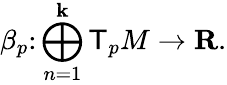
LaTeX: \beta_{p}\colon\bigoplus_{n=1}^{\mathbf{k}}\mathsf{T}_{p}M\to\mathbf{{R}}.